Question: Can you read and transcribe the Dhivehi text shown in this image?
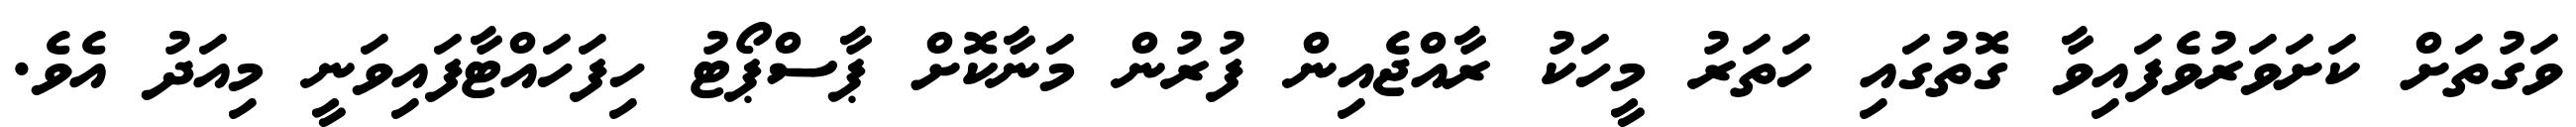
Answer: ވަގުތަށް ކަށަވަރުވެފައިވާ ގޮތުގައި ހަތަރު މީހަކު ރާއްޖެއިން ފުރުން މަނާކޮށް ޕާސްޕޯޓު ހިފަހައްޓާފައިވަނީ މިއަދު އެވެ.